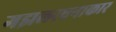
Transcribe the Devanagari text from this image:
गझलरचनाकार